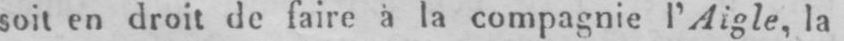
soit en droit de faire à la compagnie l’Aigle, la